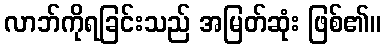
လာဘ်ကိုရခြင်းသည် အမြတ်ဆုံး ဖြစ်၏။